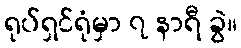
ရုပ်ရှင်ရုံမှာ ၇ နာရီ ခွဲ။